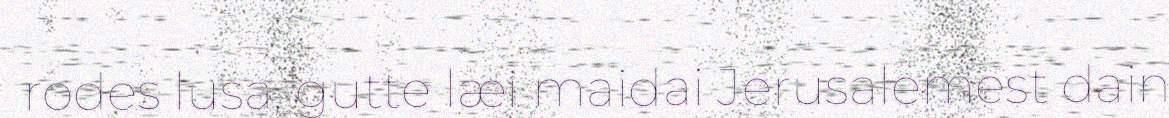
rodes lusa, gutte læi maidai Jerusalemest dain